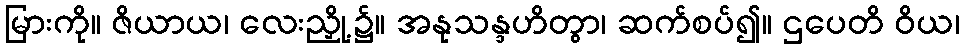
မြားကို။ ဇိယာယ၊ လေးညှို့၌။ အနုသန္ဒဟိတွာ၊ ဆက်စပ်၍။ ဌပေတိ ဝိယ၊